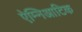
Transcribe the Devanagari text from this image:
ऐम्निआटिक